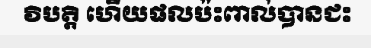
វិបត្តិ ហើយផលប៉ះពាល់បានជះ